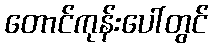
တောင်ကုန်းပေါ်တွင်